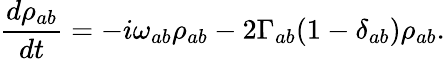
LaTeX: \frac{d\rho_{ab}}{dt}=-i\omega_{ab}\rho_{ab}-2\Gamma_{ab}(1-\delta_{ab})\rho_{ab}.